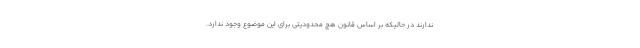
ندارند در حالیکه بر اساس قانون هچ محدودیتی برای این موضوع وجود ندارد.